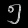
Digit: ၅